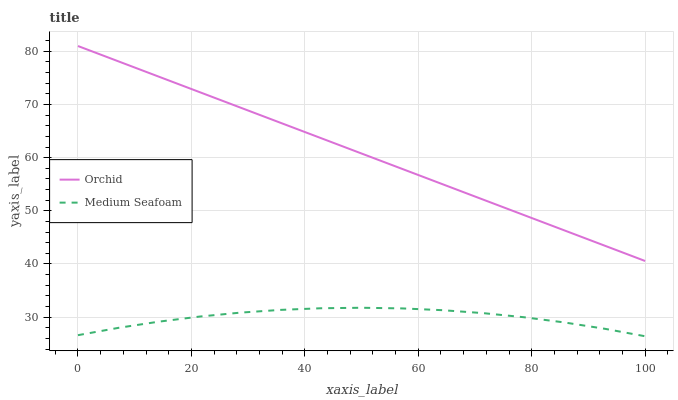
| xaxis_label | Orchid | Medium Seafoam |
 | --- | --- | --- |
 | 0 | 81 | 26.6 |
 | 7.14 | 78.1 | 28 |
 | 14.3 | 75.2 | 29.1 |
 | 21.4 | 72.3 | 30.1 |
 | 28.6 | 69.4 | 30.8 |
 | 35.7 | 66.6 | 31.4 |
 | 42.9 | 63.7 | 31.7 |
 | 50 | 60.8 | 31.8 |
 | 57.1 | 57.9 | 31.6 |
 | 64.3 | 55 | 31.3 |
 | 71.4 | 52.1 | 30.8 |
 | 78.6 | 49.2 | 30 |
 | 85.7 | 46.3 | 29 |
 | 92.9 | 43.4 | 27.8 |
 | 100 | 40.6 | 26.4 |